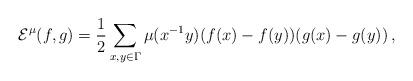
LaTeX: \begin{align*}{\cal E}^\mu(f,g)=\dfrac{1}{2}\sum_{x,y\in\Gamma} \mu(x^{-1}y)(f(x)-f(y))(g(x)-g(y))\,,\end{align*}